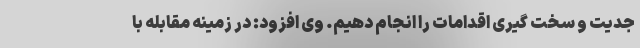
جدیت و سخت گیری اقدامات را انجام دهیم. وی افزود: در زمینه مقابله با